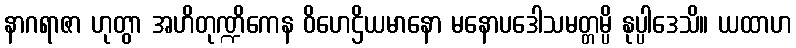
နာဂရာဇာ ဟုတွာ အဟိတုဏ္ဍိကေန ဝိဟေဌိယမာနော မနောပဒေါသမတ္တမ္ပိ နုပ္ပါဒေသိ။ ယထာဟ